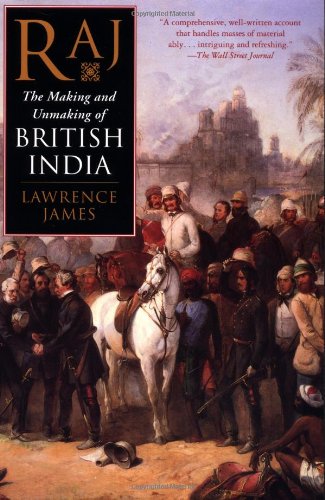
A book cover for Raj: The Making and Unmaking of British India; Lawrence James; History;